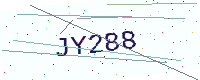
Text: JY288